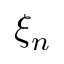
\xi _ { n }